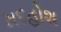
મદહોશ